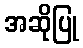
အဆိုပြု